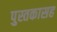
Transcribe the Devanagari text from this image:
पुस्तकासह